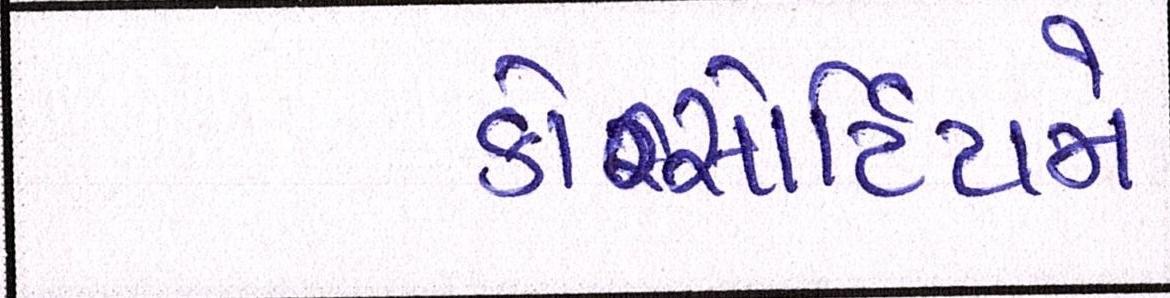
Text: કોન્સોર્ટિયમે